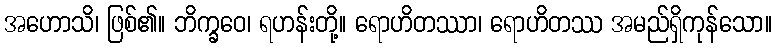
အဟောသိ၊ ဖြစ်၏။ ဘိက္ခဝေ၊ ရဟန်းတို့။ ရောဟိတဿာ၊ ရောဟိတဿ အမည်ရှိကုန်သော။